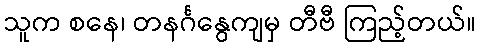
သူက စနေ၊ တနင်္ဂနွေကျမှ တီဗီ ကြည့်တယ်။